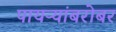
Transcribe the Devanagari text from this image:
पायऱ्यांबरोबर